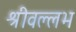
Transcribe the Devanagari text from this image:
श्रीवल्‍लभ